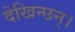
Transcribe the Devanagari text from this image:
देखिन्छन्।